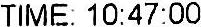
TIME: 10:47:00